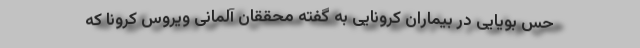
حس بویایی در بیماران کرونایی به گفته محققان آلمانی ویروس کرونا که